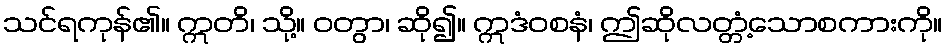
သင်ရကုန်၏။ ဣတိ၊ သို့။ ဝတွာ၊ ဆို၍။ ဣဒံဝစနံ၊ ဤဆိုလတ္တံ့သောစကားကို။